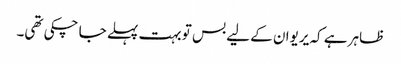
ظاہر ہے کہ یریوان کے لیے بس تو بہت پہلے جا چکی تھی۔